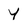
Character: y